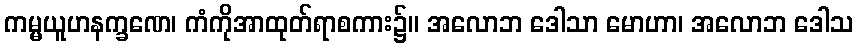
ကမ္မယူဟနက္ခဏေ၊ ကံကိုအာထုတ်ရာစကား၌။ အလောဘ ဒေါသာ မောဟာ၊ အလောဘ ဒေါသ